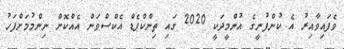
ވެފައިވާއިރު އެ ކުންފުނީގެ އުންމީދަކީ 2020 ގައި ތިންކްޕެޑް އެކްސްވަން އެއްކޮށް ނިންމުމަށްފަހު